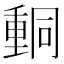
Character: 𨤯